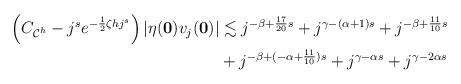
LaTeX: \begin{align*} \begin{aligned} \left(C_{\mathcal C^h}-j^s e^{-\frac{1}{2}\zeta hj^s}\right)\vert \eta(\mathbf 0)v_j(\mathbf 0)\vert &\lesssim j^{-\beta +\frac{17}{20}s}+j^{\gamma-(\alpha+1)s}+j^{-\beta+\frac{11}{10}s}\\ &+j^{-\beta+(-\alpha+\frac{11}{10})s} +j^{\gamma-\alpha s}+j^{\gamma-2\alpha s} \end{aligned} \end{align*}